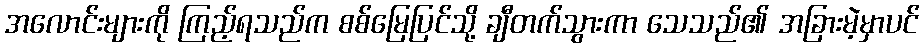
အလောင်းများကို ကြည့်ရသည်က စစ်မြေပြင်သို့ ချီတက်သွားကာ သေသည်၏ အခြားမဲ့မှာပင်